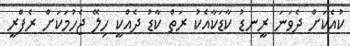
ކުއެކަށް ދެވަނަ ރީނޑު ކާޑަކާއެކު ރަތް ކާޑު ދެއްކީ ހިލޭ ޖެހުމަކަށް ރެފްރީ